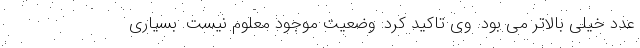
عدد خیلی بالاتر می بود. وی تاکید کرد: وضعیت موجود معلوم نیست. بسیاری